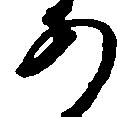
あ